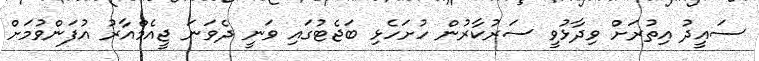
ސައީދު އިތުރަށް ވިދާޅުވީ ސަރުކާރުން ހުށަހެޅި ބަޖެޓުގައި ވަނީ ދެވަނަ ޖީއެމްއާރު އުފަންވުމަށް